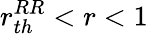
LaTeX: r_{th}^{RR}<r<1